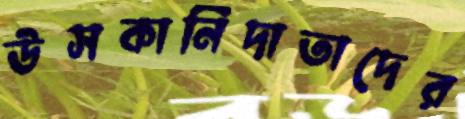
উসকানিদাতাদের